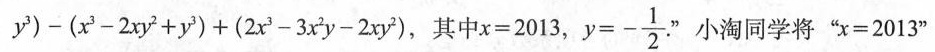
y ^ { 3 } ) - ( x ^ { 3 } - 2 x y ^ { 2 } + y ^ { 3 } ) + ( 2 x ^ { 3 } - 3 x ^ { 2 } y - 2 x y ^ { 2 } )$$，其中$$x = 2 0 1 3$$，$$y = - \frac { 1 } { 2 }$$.”小海同学将“$$x = 2 0 1 3$$”